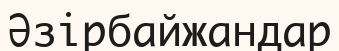
Әзірбайжандар